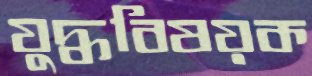
যুদ্ধবিষয়ক